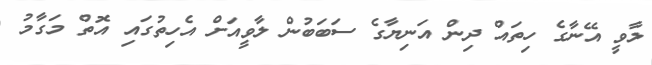
ލާވީ އޭނާގެ ހިތައް ދިން އަނިޔާގެ ސަބަބުން ލާވީއަށް އެހިތުގައި އޮތް މަގާމު